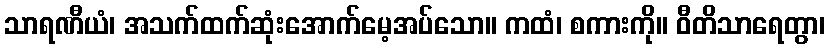
သာရဏီယံ၊ အသက်ထက်ဆုံးအောက်မေ့အပ်သော။ ကထံ၊ စကားကို။ ဝီတိသာရေတွာ၊